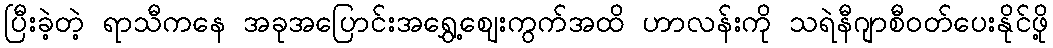
ပြီးခဲ့တဲ့ ရာသီကနေ အခုအပြောင်းအရွှေ့ဈေးကွက်အထိ ဟာလန်းကို သရဲနီဂျာစီဝတ်ပေးနိုင်ဖို့